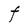
Character: t